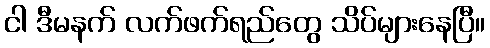
ငါ ဒီမနက် လက်ဖက်ရည်တွေ သိပ်များနေပြီ။